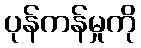
ပုန်ကန်မှုကို